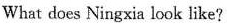
What does Ningxia look like?